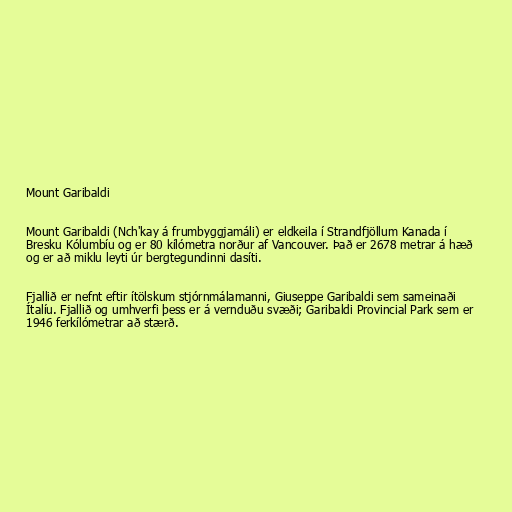
Mount Garibaldi

Mount Garibaldi (Nch'kay á frumbyggjamáli) er eldkeila í Strandfjöllum Kanada í
Bresku Kólumbíu og er 80 kílómetra norður af Vancouver. Það er 2678 metrar á hæð
og er að miklu leyti úr bergtegundinni dasíti.

Fjallið er nefnt eftir ítölskum stjórnmálamanni, Giuseppe Garibaldi sem sameinaði
Ítalíu. Fjallið og umhverfi þess er á vernduðu svæði; Garibaldi Provincial Park sem er
1946 ferkílómetrar að stærð.